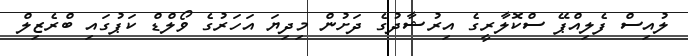
ލުއިސް ފެލިއްޕޭ ސްކޮލާރީގެ އިރުޝާދުގެ ދަށުން މިދިޔަ އަހަރުގެ ވޯލްޑް ކަޕުގައި ބްރެޒިލް